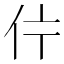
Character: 𱎦